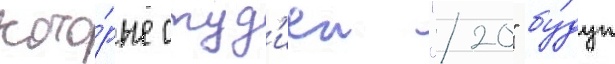
кото́рые студ'иеи "20" бу́дут